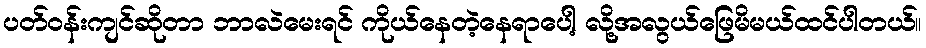
ပတ်ဝန်းကျင်ဆိုတာ ဘာလဲမေးရင် ကိုယ်နေတဲ့နေရာပေါ့ လို့အလွယ်ဖြေမိမယ်ထင်ပါတယ်။